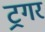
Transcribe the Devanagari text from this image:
ट्रगर